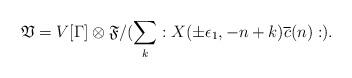
LaTeX: \begin{align*}\mathfrak V=V[\Gamma]\otimes\mathfrak{F}/(\sum_{k}:X(\pm\epsilon_1,-n+k)\overline{c}(n):).\end{align*}